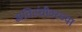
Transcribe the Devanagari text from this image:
अतिउंचीवरच्या